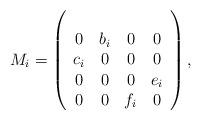
LaTeX: \begin{align*}M_i=\left(\begin{array}{cccc}\\0&b_i&0&0\\c_i&0&0&0\\0&0&0&e_i\\0&0&f_i&0\\\end{array}\right),\end{align*}